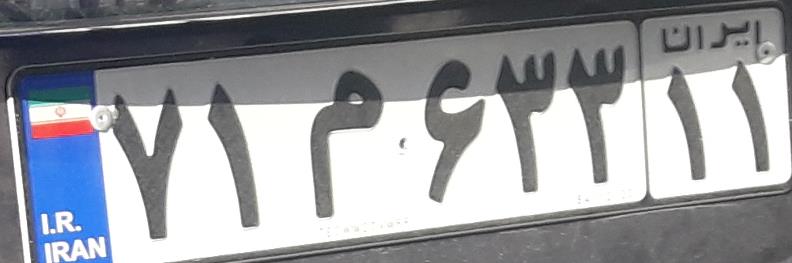
۷۱م۶۳۳۱۱